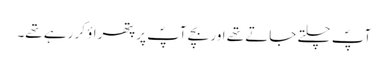
آپؐ چلتے جاتے تھے اور بچے آپؐ پر پتھراؤ کر رہے تھے۔